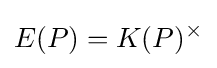
E(P)=K(P)^{\times }